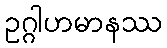
ဥဂ္ဂါဟမာနဿ